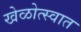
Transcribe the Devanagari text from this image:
खेळोत्स्वात